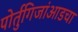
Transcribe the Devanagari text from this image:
पोर्तुगिजांआडचा